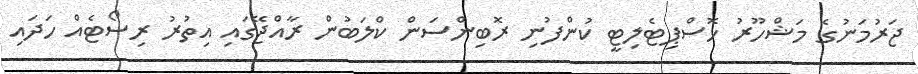
ޖަރުމަނުގެ މަޝްހޫރު ހޮސްޕިޓެލިޓީ ކުންފުނި ރޮބިންސަން ކްލަބުން ރާއްޖޭގައި އިތުރު ރިސޯޓެއް ހަދައި